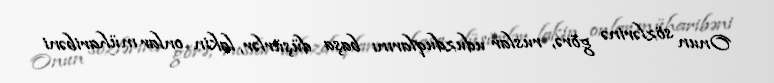
Onun sözlərinə görə, ruslar uduzduqlarını başa düşürlər, lakin onlar müharibəni